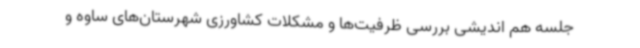
جلسه هم اندیشی بررسی ظرفیت‌ها و مشکلات کشاورزی شهرستان‌های ساوه و